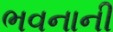
ભવનાની